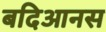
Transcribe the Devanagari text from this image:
बदिआनस